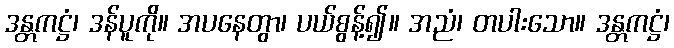
ဒန္တကဋ္ဌံ၊ ဒန်ပူကို။ အပနေတွာ၊ ပယ်စွန့်၍။ အညံ၊ တပါးသော။ ဒန္တကဋ္ဌံ၊